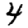
Digit: 4